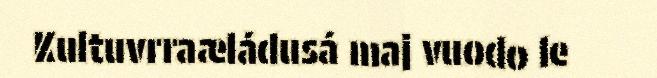
Kultuvrraæládusá maj vuodo le